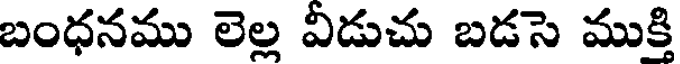
బంధనము లెల్ల విడుచు బడసె ముక్తి